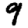
Digit: 9